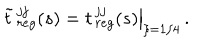
{ \tilde { t } } { \, } _ { r e g } ^ { j j } ( s ) = \left. t { \, } _ { r e g } ^ { j j } ( s ) \right| _ { \xi = 1 / 4 } \, .